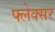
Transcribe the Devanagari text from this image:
फ्लेक्सर